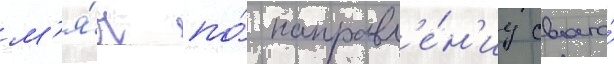
м'я́ч по́ направл'е́н'иу своего́